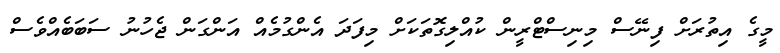
މީގެ އިތުރަށް ފިނޭސް މިނިސްޓްރީން ކުއްލިގޮތަކަށް މިފަދަ އެންގުމެއް އަންގަން ޖެހުނު ސަބަބެއްވެސް